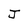
Character: J